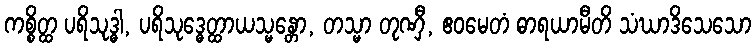
ကစ္စိတ္ထ ပရိသုဒ္ဓါ, ပရိသုဒ္ဓေတ္ထာယသ္မန္တော, တသ္မာ တုဏှီ, ဧဝမေတံ ဓာရယာမီတိ သံဃာဒိသေသော